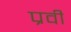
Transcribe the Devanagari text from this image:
प्रवी